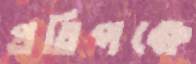
প্রতিপক্ষে